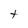
Character: t